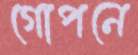
গোপনে